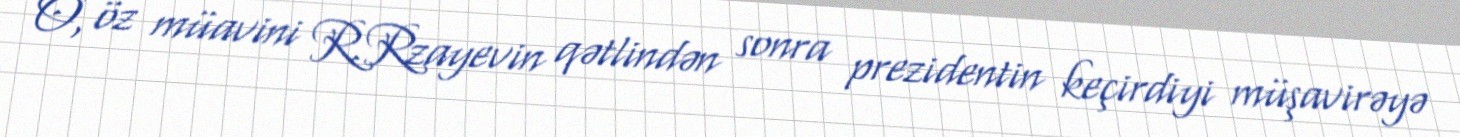
O, öz müavini R.Rzayevin qətlindən sonra prezidentin keçirdiyi müşavirəyə